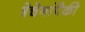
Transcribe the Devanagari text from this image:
त्रेचेनांपैकी